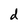
Character: d